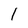
Character: 1